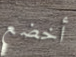
أخضع